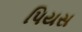
પિયસ